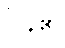
ပြန်၏